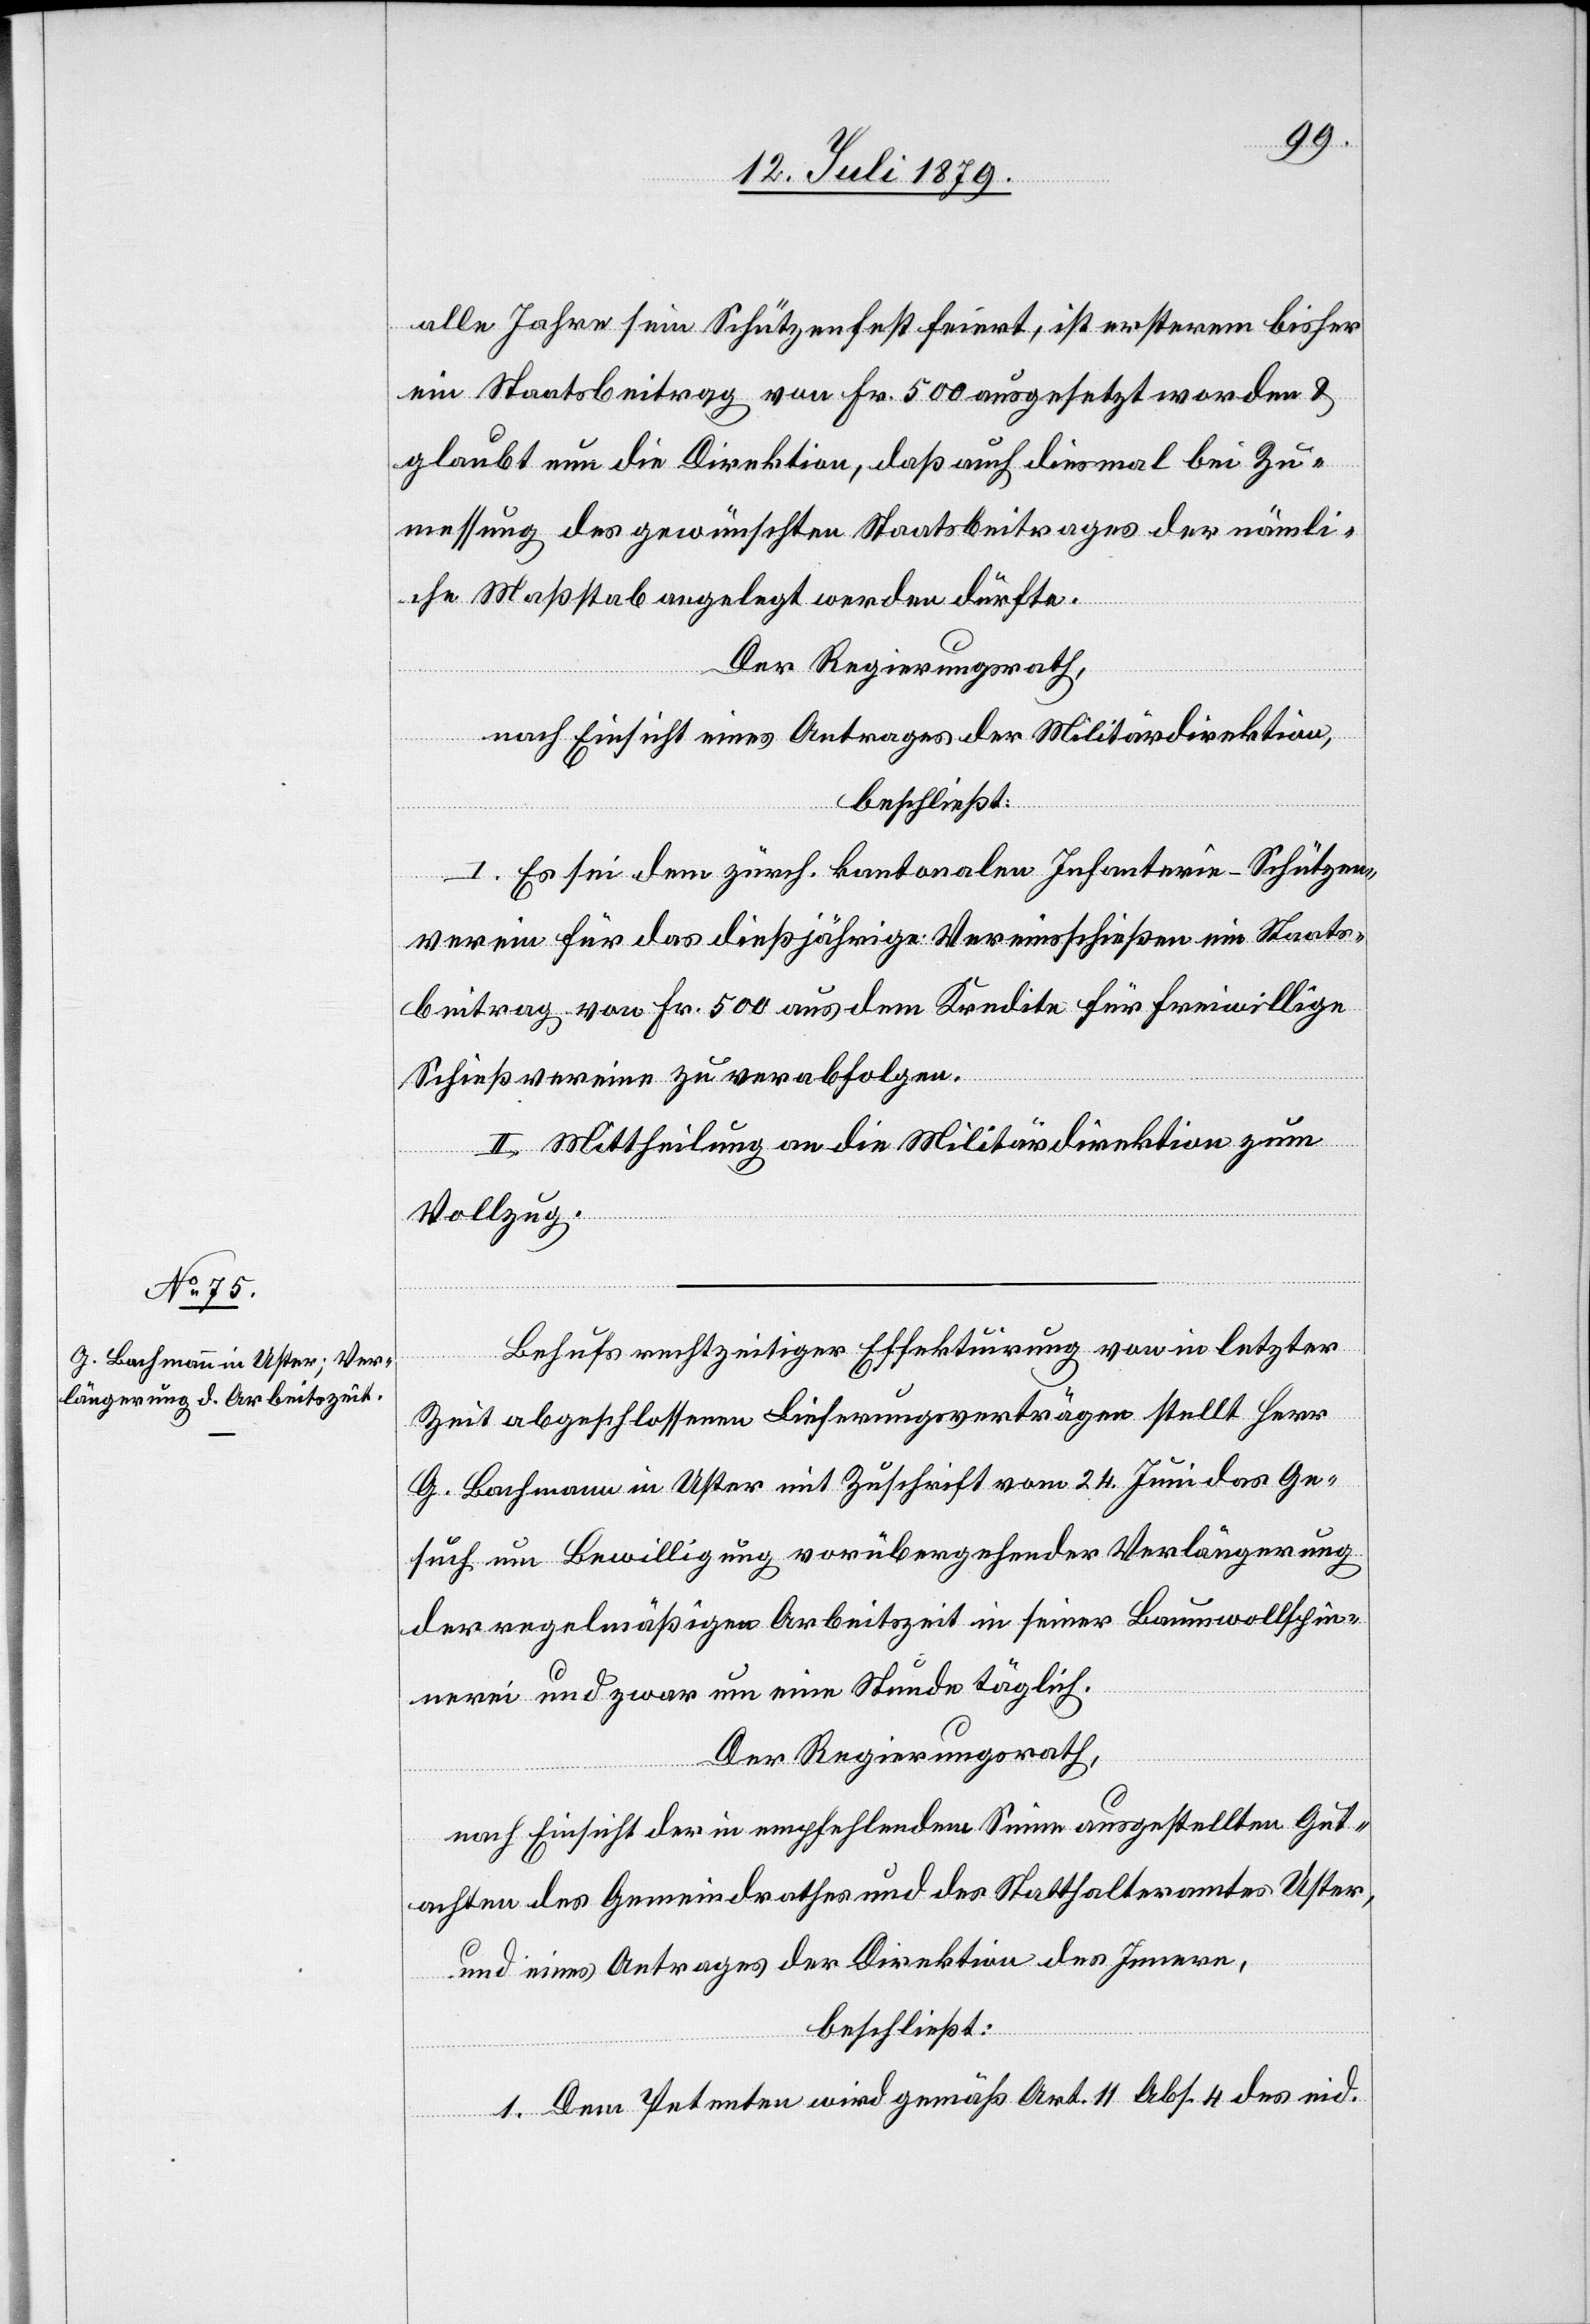
alle Jahre sein Schützenfest feiert, ist ersterem bisher
ein Staatsbeitrag von Fr. 500 ausgesetzt worden &
glaubt nun die Direktion, daß auch diesmal bei Zu¬
messung des gewünschten Staatsbeitrages der nämli¬
che Maßstab angelegt werden dürfte.
Der Regierungsrath,
nach Einsicht eines Antrages der Militärdirektion,
beschließt:
I. Es sei dem zürch. kantonalen Infanterie-Schützen¬
verein für das dießjährige Vereinsschießen ein Staats¬
beitrag von Fr. 500 aus dem Kredite für freiwillige
Schießvereine zu verabfolgen.
II. Mittheilung an die Militärdirektion zum
Vollzug.
Behufs rechtzeitiger Effektuirung von in letzter
Zeit abgeschlossenen Lieferungsverträgen stellt Herr
G. Bachmann in Uster mit Zuschrift vom 24. Juni das Ge¬
such um Bewilligung vorübergehender Verlängerung
der regelmäßigen Arbeitszeit in seiner Baumwollspin¬
nerei und zwar um eine Stunde täglich.
Der Regierungsrath,
nach Einsicht der in empfehlendem Sinne ausgestellten Gut¬
achten des Gemeindrathes und des Statthalteramtes Uster,
und eines Antrages der Direktion des Innern,
beschließt:
1. Dem Petenten wird gemäß Art. 11 Abs. 4 des eid.